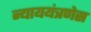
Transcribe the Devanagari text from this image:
न्याययंत्रणेस